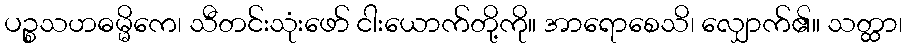
ပဉ္စသဟဓမ္မိကေ၊ သီတင်းသုံးဖော် ငါးယောက်တို့ကို။ အာရောစေသိ၊ လျှောက်၏။ သတ္ထာ၊